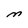
Character: M